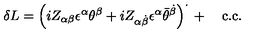
\delta L = \left( i Z _ { \alpha \beta } \epsilon ^ { \alpha } \theta ^ { \beta } + i Z _ { \alpha \dot { \beta } } \epsilon ^ { \alpha } { \bar { \theta } } ^ { \dot { \beta } } \right) ^ { \cdot } { } + \quad \mathrm { c . { } c . }